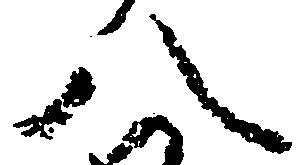
八